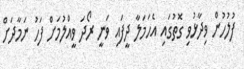
ފުލުހުން ވިދާޅުވި ގޮތުގައި އެހަމަލާ ދީފައި ވަނީ ރޯދަ ވީއްލުމަށް ފަހު ނަމާދަށް